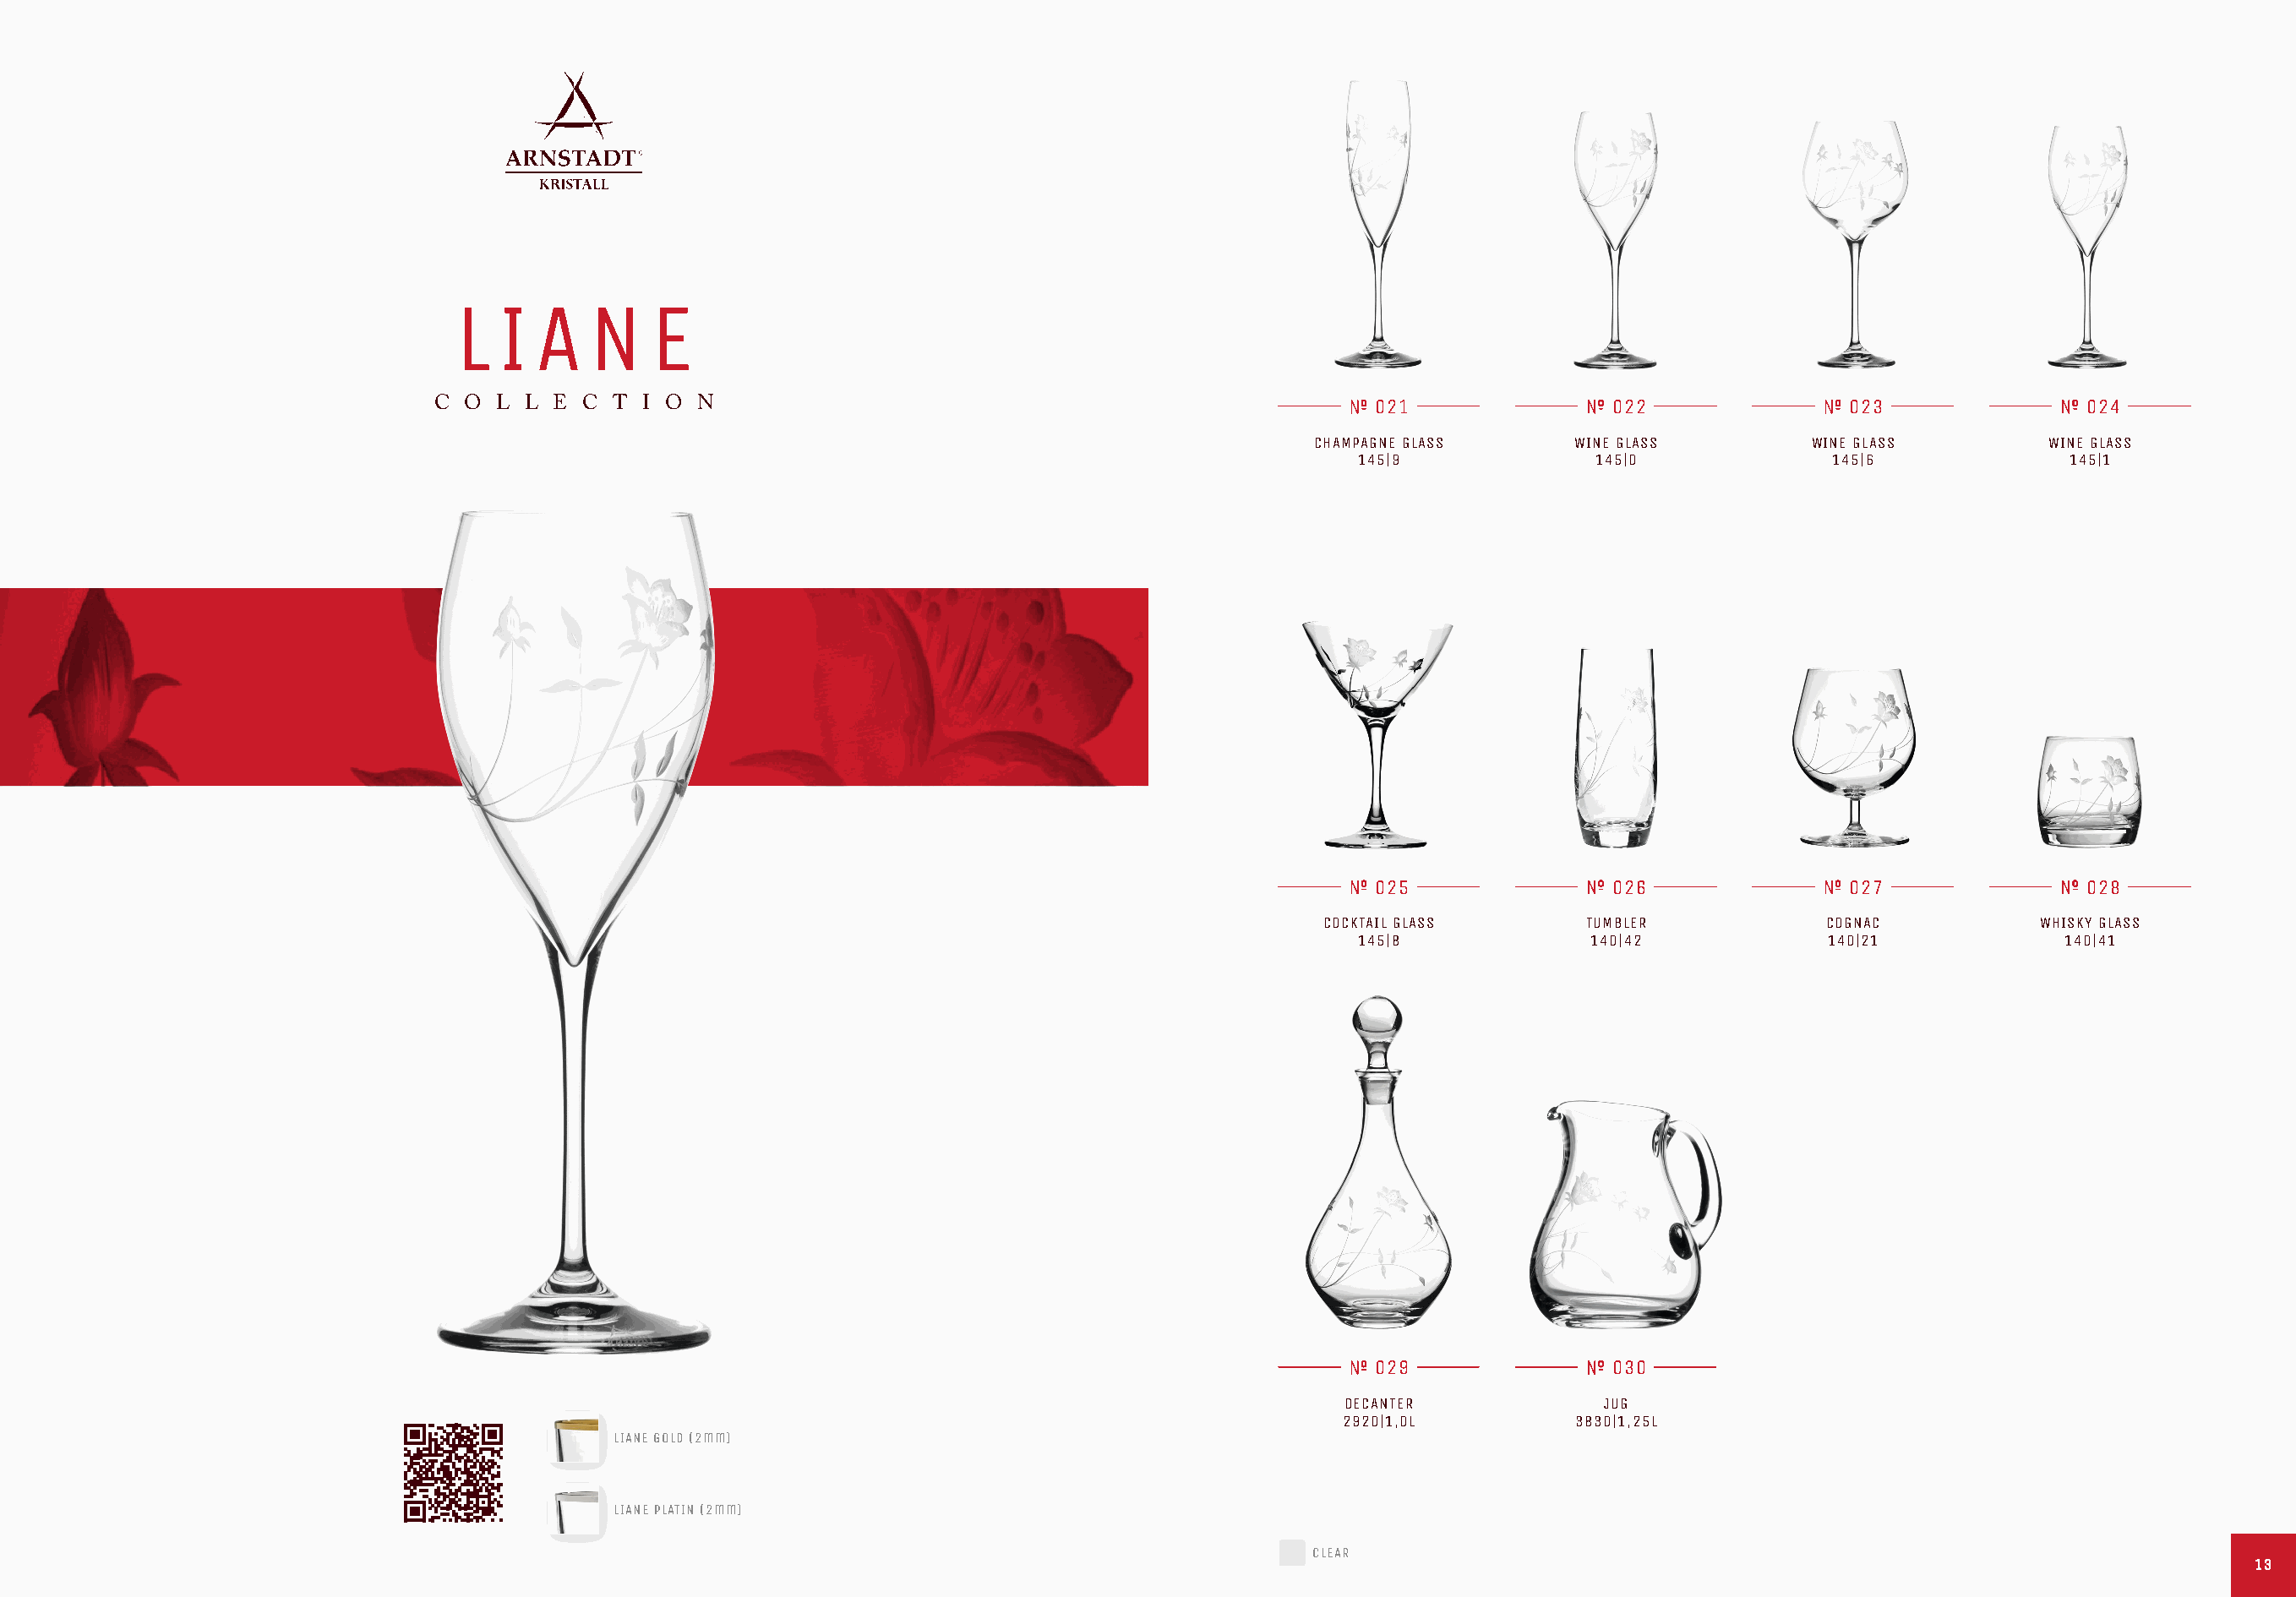
L  I  A   N    E
 C O  L L E  C T I O  N                                                    021               022                023               024
 CHAMPAGNE GLASS     WINE GLASS         WINE GLASS        WINE GLASS
 145|9              145|0              145|6             145|1
 025               026                027               028
 COCKTAIL GLASS      TUMBLER            COGNAC           WHISKY GLASS
 145|8              140|42            140|21             140|41
 029               030
 DECANTER             JUG
 2920|1,0L         3830|1,25L
 LIANE GOLD (2mm)
 LIANE PLATIN (2mm)
 CLEAR
 1133